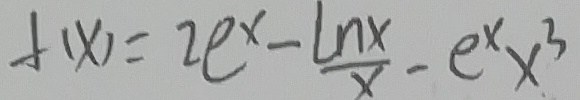
f ( x ) = 2 e ^ { x } - \frac { \ln x } { x } - e ^ { x } x ^ { 3 }